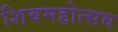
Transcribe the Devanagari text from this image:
शिवमहोत्सव